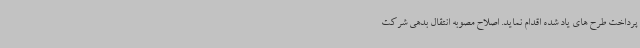
پرداخت طرح های یاد شده اقدام نماید. اصلاح مصوبه انتقال بدهی شرکت